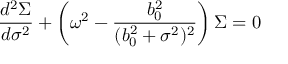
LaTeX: \frac { d ^ { 2 } \Sigma } { d \sigma ^ { 2 } } + \left( \omega ^ { 2 } - \frac { b _ { 0 } ^ { 2 } } { ( b _ { 0 } ^ { 2 } + \sigma ^ { 2 } ) ^ { 2 } } \right) \Sigma = 0